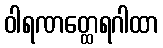
ဝါရဏတ္ထေရဂါထာ